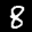
Label: 8